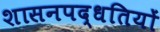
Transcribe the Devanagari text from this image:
शासनपद्धतियों